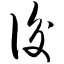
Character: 后